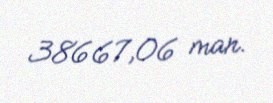
38667,06 man.